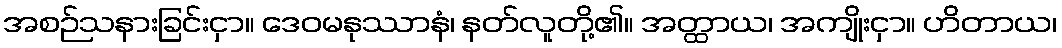
အစဉ်သနားခြင်းငှာ။ ဒေဝမနုဿာနံ၊ နတ်လူတို့၏။ အတ္ထာယ၊ အကျိုးငှာ။ ဟိတာယ၊